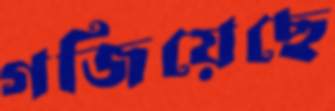
গজিয়েছে